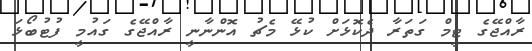
ރާއްޖޭގެ ޓީމް ގަތަރާ ދެކޮޅަށް ކުޅޭ މެޗު އޮންނާނީ ރާއްޖޭގެ ގައުމީ ފުޓުބޯޅަ